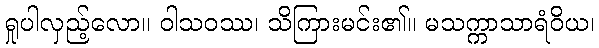
ရှုပါလှည့်လော။ ဝါသဝဿ၊ သိကြားမင်း၏။ မသက္ကာသာရံဝိယ၊